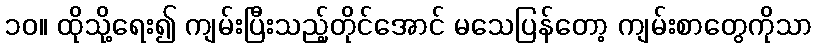
၁၀။ ထိုသို့ရေး၍ ကျမ်းပြီးသည့်တိုင်အောင် မသေပြန်တော့ ကျမ်းစာတွေကိုသာ